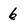
Character: 6